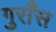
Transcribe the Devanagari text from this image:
गुराँस